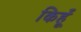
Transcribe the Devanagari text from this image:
किहूँ